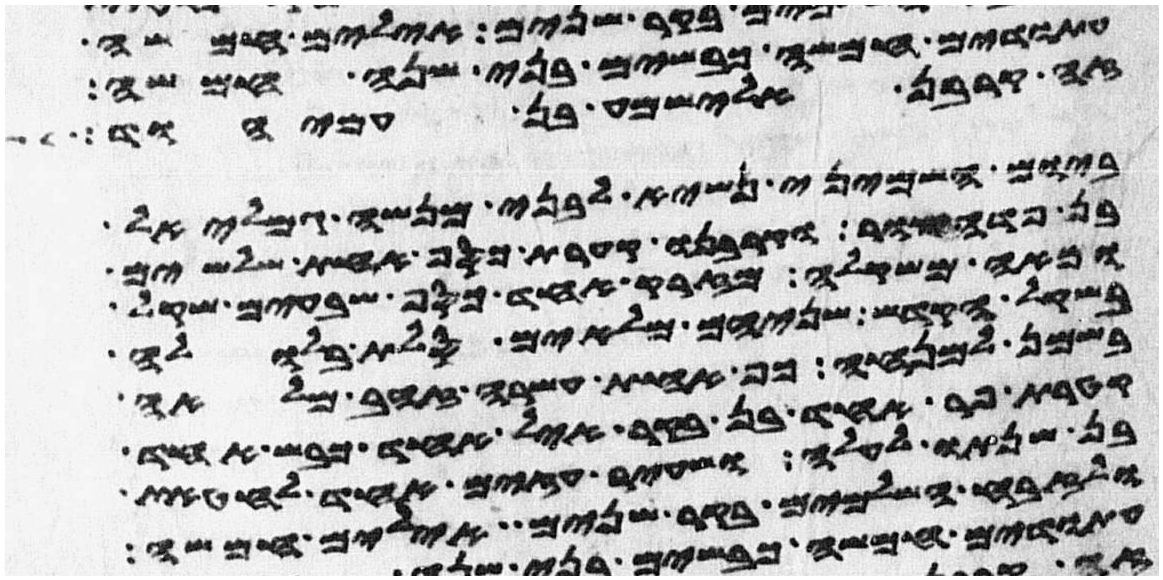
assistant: עתודים חמשה כבשים בני שנה חמשה
זה קרבן אלישמע בן עמיהוד
ביום השמיני נשיא לבני מנשה גמלאל
בן פדהצור וקרבנו קערת כסף אחת שלשים
ומאה משקלה מזרק אחד כסף שבעים שקל
בשקל הקדש שניהם מלאים סלת בלולה
בשמן למנחה כף אחת עשרה זהב מלאה
קטרת פר אחד בן בקר איל אחד כבש אחד
בן שנתו לעלה ושעיר עזים אחד לחטאת
ולזבח השלמים בקר שנים אילים חמשה